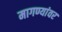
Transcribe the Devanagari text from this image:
मागण्यांवर